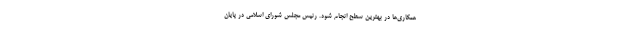
همکاری­ها در بهترین سطح انجام شود. رئیس مجلس شورای اسلامی در پایان